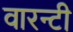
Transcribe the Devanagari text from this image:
वारन्टी